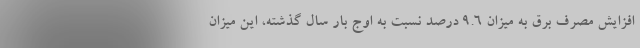
افزایش مصرف برق به میزان ۹.۶ درصد نسبت به اوج بار سال گذشته، این میزان